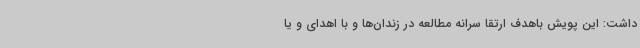
داشت: این پویش باهدف ارتقا سرانه مطالعه در زندان‌ها و با اهدای و یا